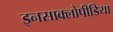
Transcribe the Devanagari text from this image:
इनसाक्लोपीडिया